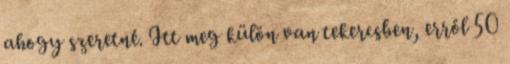
ahogy szeretné. Itt meg külön van tekercsben, erről 50